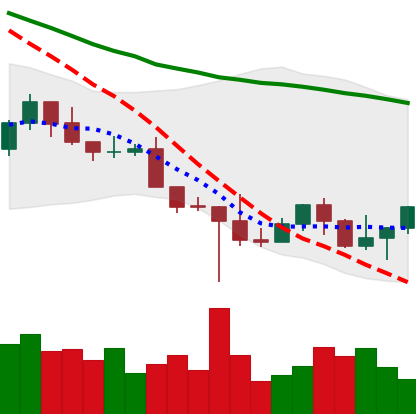
Ticker: NEO-USD
Chart end date: 2022-10-22
Forward return: 5.436%
Label: up_5_7